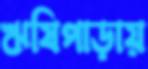
ঋষিপাড়ায়